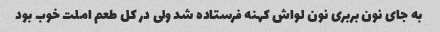
به جای نون بربری نون لواش کهنه فرستاده شد ولی در کل طعم املت خوب بود